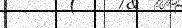
١٠